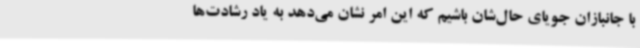
با جانبازان جویای حال‌شان باشیم که این امر نشان می‌دهد به یاد رشادت‌ها